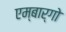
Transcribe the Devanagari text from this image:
एम्बार्गो